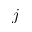
j